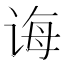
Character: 诲